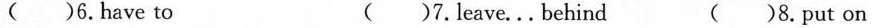
( )6.have to ( )7.Leave...Behind ( )8.put on